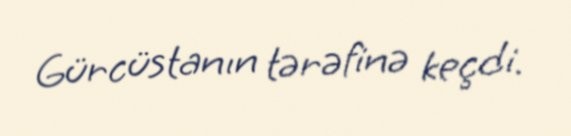
Gürcüstanın tərəfinə keçdi.